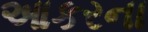
આકરના